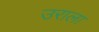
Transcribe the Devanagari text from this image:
उराला